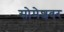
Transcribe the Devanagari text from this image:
सोमेशवर